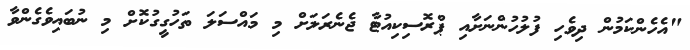
"އެހެންކަމުން ދިވެހި ފުލުހުންނަށާއި ޕްރޮސިކިއުޓާ ޖެނެރަލަށް މި މައްސަލަ ތަހުގީގުކޮށް މި ނުބައިވެގެންވާ